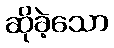
ဆိုခဲ့သော